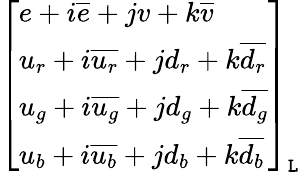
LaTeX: {\left[\begin{array}{l}{e+i{\overline{{e}}}+jv+k{\overline{{v}}}}\\ {u_{r}+i{\overline{{u_{r}}}}+jd_{r}+k{\overline{{d_{r}}}}}\\ {u_{g}+i{\overline{{u_{g}}}}+jd_{g}+k{\overline{{d_{g}}}}}\\ {u_{b}+i{\overline{{u_{b}}}}+jd_{b}+k{\overline{{d_{b}}}}}\end{array}\right]}_{\mathtt{L}}